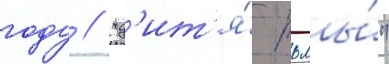
году // "д'ит'я́ тьмы́"